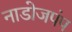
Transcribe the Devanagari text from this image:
नाडोजपंप